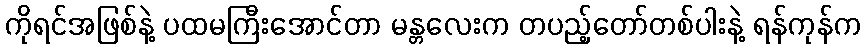
ကိုရင်အဖြစ်နဲ့ ပထမကြီးအောင်တာ မန္တလေးက တပည့်တော်တစ်ပါးနဲ့ ရန်ကုန်က